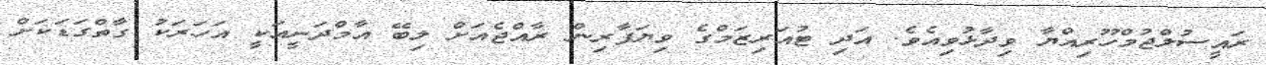
ރައީސުލްޖުމްހޫރިއްޔާ ވިދާޅުވިއެވެ. އަދި ޓުއަރިޒަމްގެ ވިޔަފާރިން ރާއްޖެއަށް ލިބޭ އާމްދަނީއަކީ އަހަރަކު ގާތްގަޑަކަށް